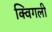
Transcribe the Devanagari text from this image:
क्विगली